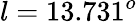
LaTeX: l=13.731^{o}